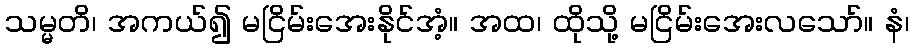
သမ္မတိ၊ အကယ်၍ မငြိမ်းအေးနိုင်အံ့။ အထ၊ ထိုသို့ မငြိမ်းအေးလသော်။ နံ၊